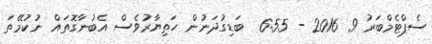
ސެޕްޓެމްބަރު 9